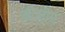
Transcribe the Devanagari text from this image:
बीजीए